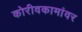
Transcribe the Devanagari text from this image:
कोरीवकामांवर